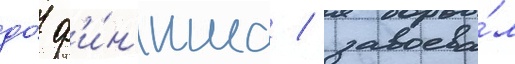
до́ ф'и́н'иша / завоева́л